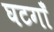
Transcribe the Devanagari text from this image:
घटगाँ